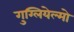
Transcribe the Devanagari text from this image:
गुग्लियेल्मो